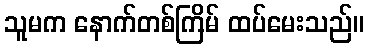
သူမက နောက်တစ်ကြိမ် ထပ်မေးသည်။